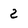
Character: 2